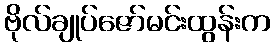
ဗိုလ်ချုပ်ဇော်မင်းထွန်းက